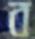
ব